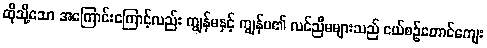
ထိုသို့သော အကြောင်းကြောင့်လည်း ကျွန်မနှင့် ကျွန်မ၏ လင်ညီမများသည် ငယ်စဉ်တောင်ကျေး